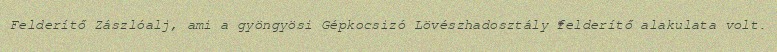
Felderítő Zászlóalj, ami a gyöngyösi Gépkocsizó Lövészhadosztály felderítő alakulata volt.